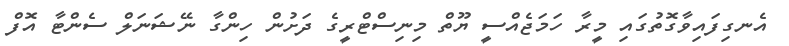
އެނގިފައިވާގޮތުގައި މީރާ ހަމަޖެއްސީ ޔޫތް މިނިސްޓްރީގެ ދަށުން ހިންގާ ނޭޝަނަލް ސެންޓާ އޮފް